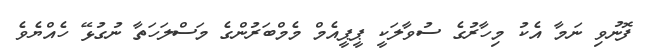
ފޮނުވި ނަމާ އެކު މިހާރުގެ ސުވާލަކީ ޕީޕީއެމް މެމްބަރުންގެ މަސްލަހަތާ ނުގުޅޭ ހެއްޔެވެ